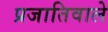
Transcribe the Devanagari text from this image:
प्रजातिवाले